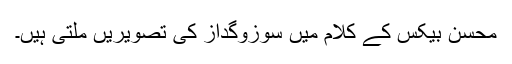
محسن بیکسؒ کے کلام میں سوزوگداز کی تصویریں ملتی ہیں۔